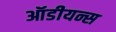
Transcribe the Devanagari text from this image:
ऑडीयन्स